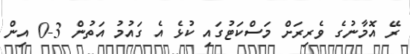
ރޭ އޮމާނުގެ ވެރިރަށް މަސްކަޓުގައި ކުޅެ އެ ގައުމު އަތުން 3-0 އިން